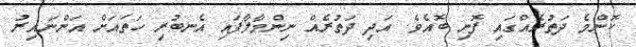
ކޮންމެ ދަތުރެއްގައި ފޮނި ބޮއެވެ. އަދި ދަތުރެއް ނިންމާލާފައި އެނބުރި ހަތައަށް އަންނައިރު